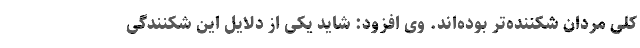
کلی مردان شکننده‌تر بوده‌اند. وی افزود: شاید یکی از دلایل این شکنندگی